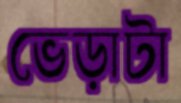
ভেড়াটা